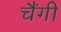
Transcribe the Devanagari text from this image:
चैंगी